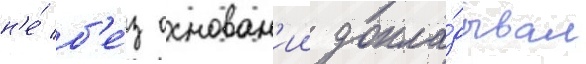
н'е́ б'е́з основан'ии докла́дывал